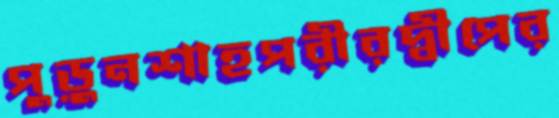
পুড়ুনশাহপরীরদ্বীপের